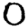
Digit: 0